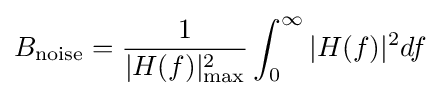
B_{\text{noise}}={\frac {1}{|H(f)|_{\max }^{2}}}\int _{0}^{\infty }|H(f)|^{2}df